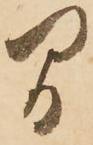
間